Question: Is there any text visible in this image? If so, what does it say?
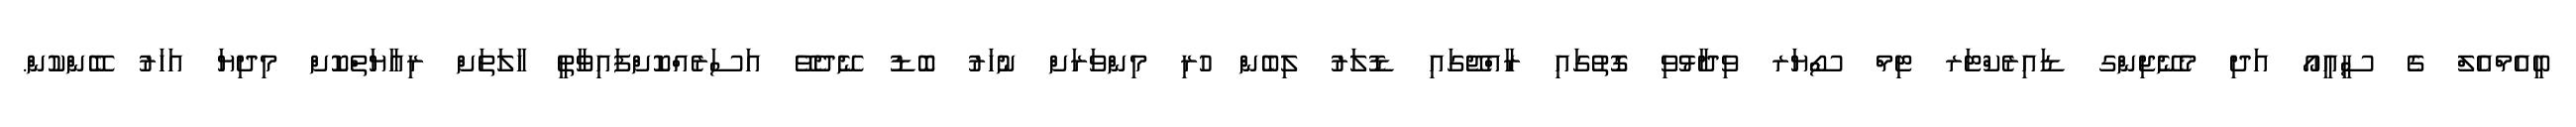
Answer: ބީއެމްއެލް ގެ ސީއީއޯ އަދި މެނޭޖިންގ ޑައިރެކްޓަރ ޓިމް ސޯޔަރ ވިދާޅުވި ގޮތުގައި ރާއްޖޭގައި ޑޮލަރު ލިބެން ހުރި މިންވަރަށް ނުހަރު ބޮޑު ނޭދެވޭ އަސަރެއްކޮށްފައިވާތީ ހާލަތަށް ރިއާޔަތްކޮށް މިދިޔަ އަހަރު ބޭންކުން.